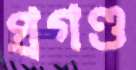
প্রগণ্ড